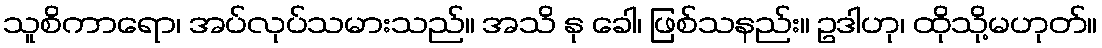
သူစိကာရော၊ အပ်လုပ်သမားသည်။ အသိ နု ခေါ၊ ဖြစ်သနည်း။ ဥဒါဟု၊ ထိုသို့မဟုတ်။